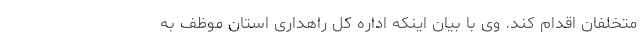
متخلفان اقدام کند. وی با بیان اینکه اداره کل راهداری استان موظف به